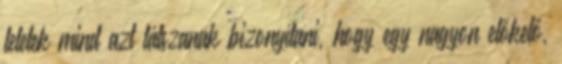
leletek mind azt látszanak bizonyítani, hogy egy nagyon előkelő,